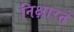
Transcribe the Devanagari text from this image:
निक्षारते